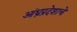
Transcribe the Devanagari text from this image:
आंध्रप्रदेशाचे